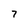
Character: 7